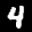
Label: 4